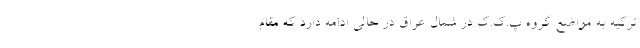
ترکیه به مواضع گروه پ‌.ک‌.ک در شمال عراق در حالی ادامه دارد که مقام